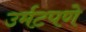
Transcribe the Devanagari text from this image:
उर्मटपणे